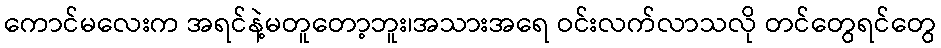
ကောင်မလေးက အရင်နဲ့မတူတော့ဘူး၊အသားအရေ ဝင်းလက်လာသလို တင်တွေရင်တွေ